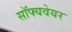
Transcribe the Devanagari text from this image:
सॉफ्यवेयर